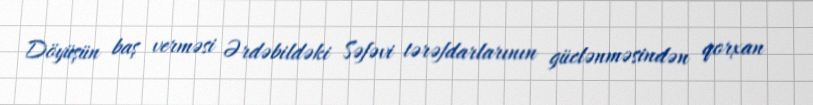
Döyüşün baş verməsi Ərdəbildəki Səfəvi tərəfdarlarının güclənməsindən qorxan